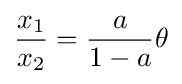
{\frac {x_{1}}{x_{2}}}={\frac {a}{1-a}}\theta